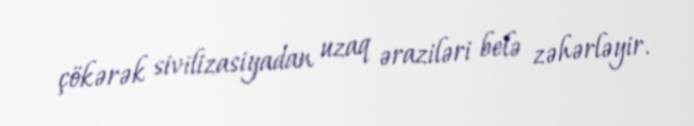
çökərək sivilizasiyadan uzaq əraziləri belə zəhərləyir.